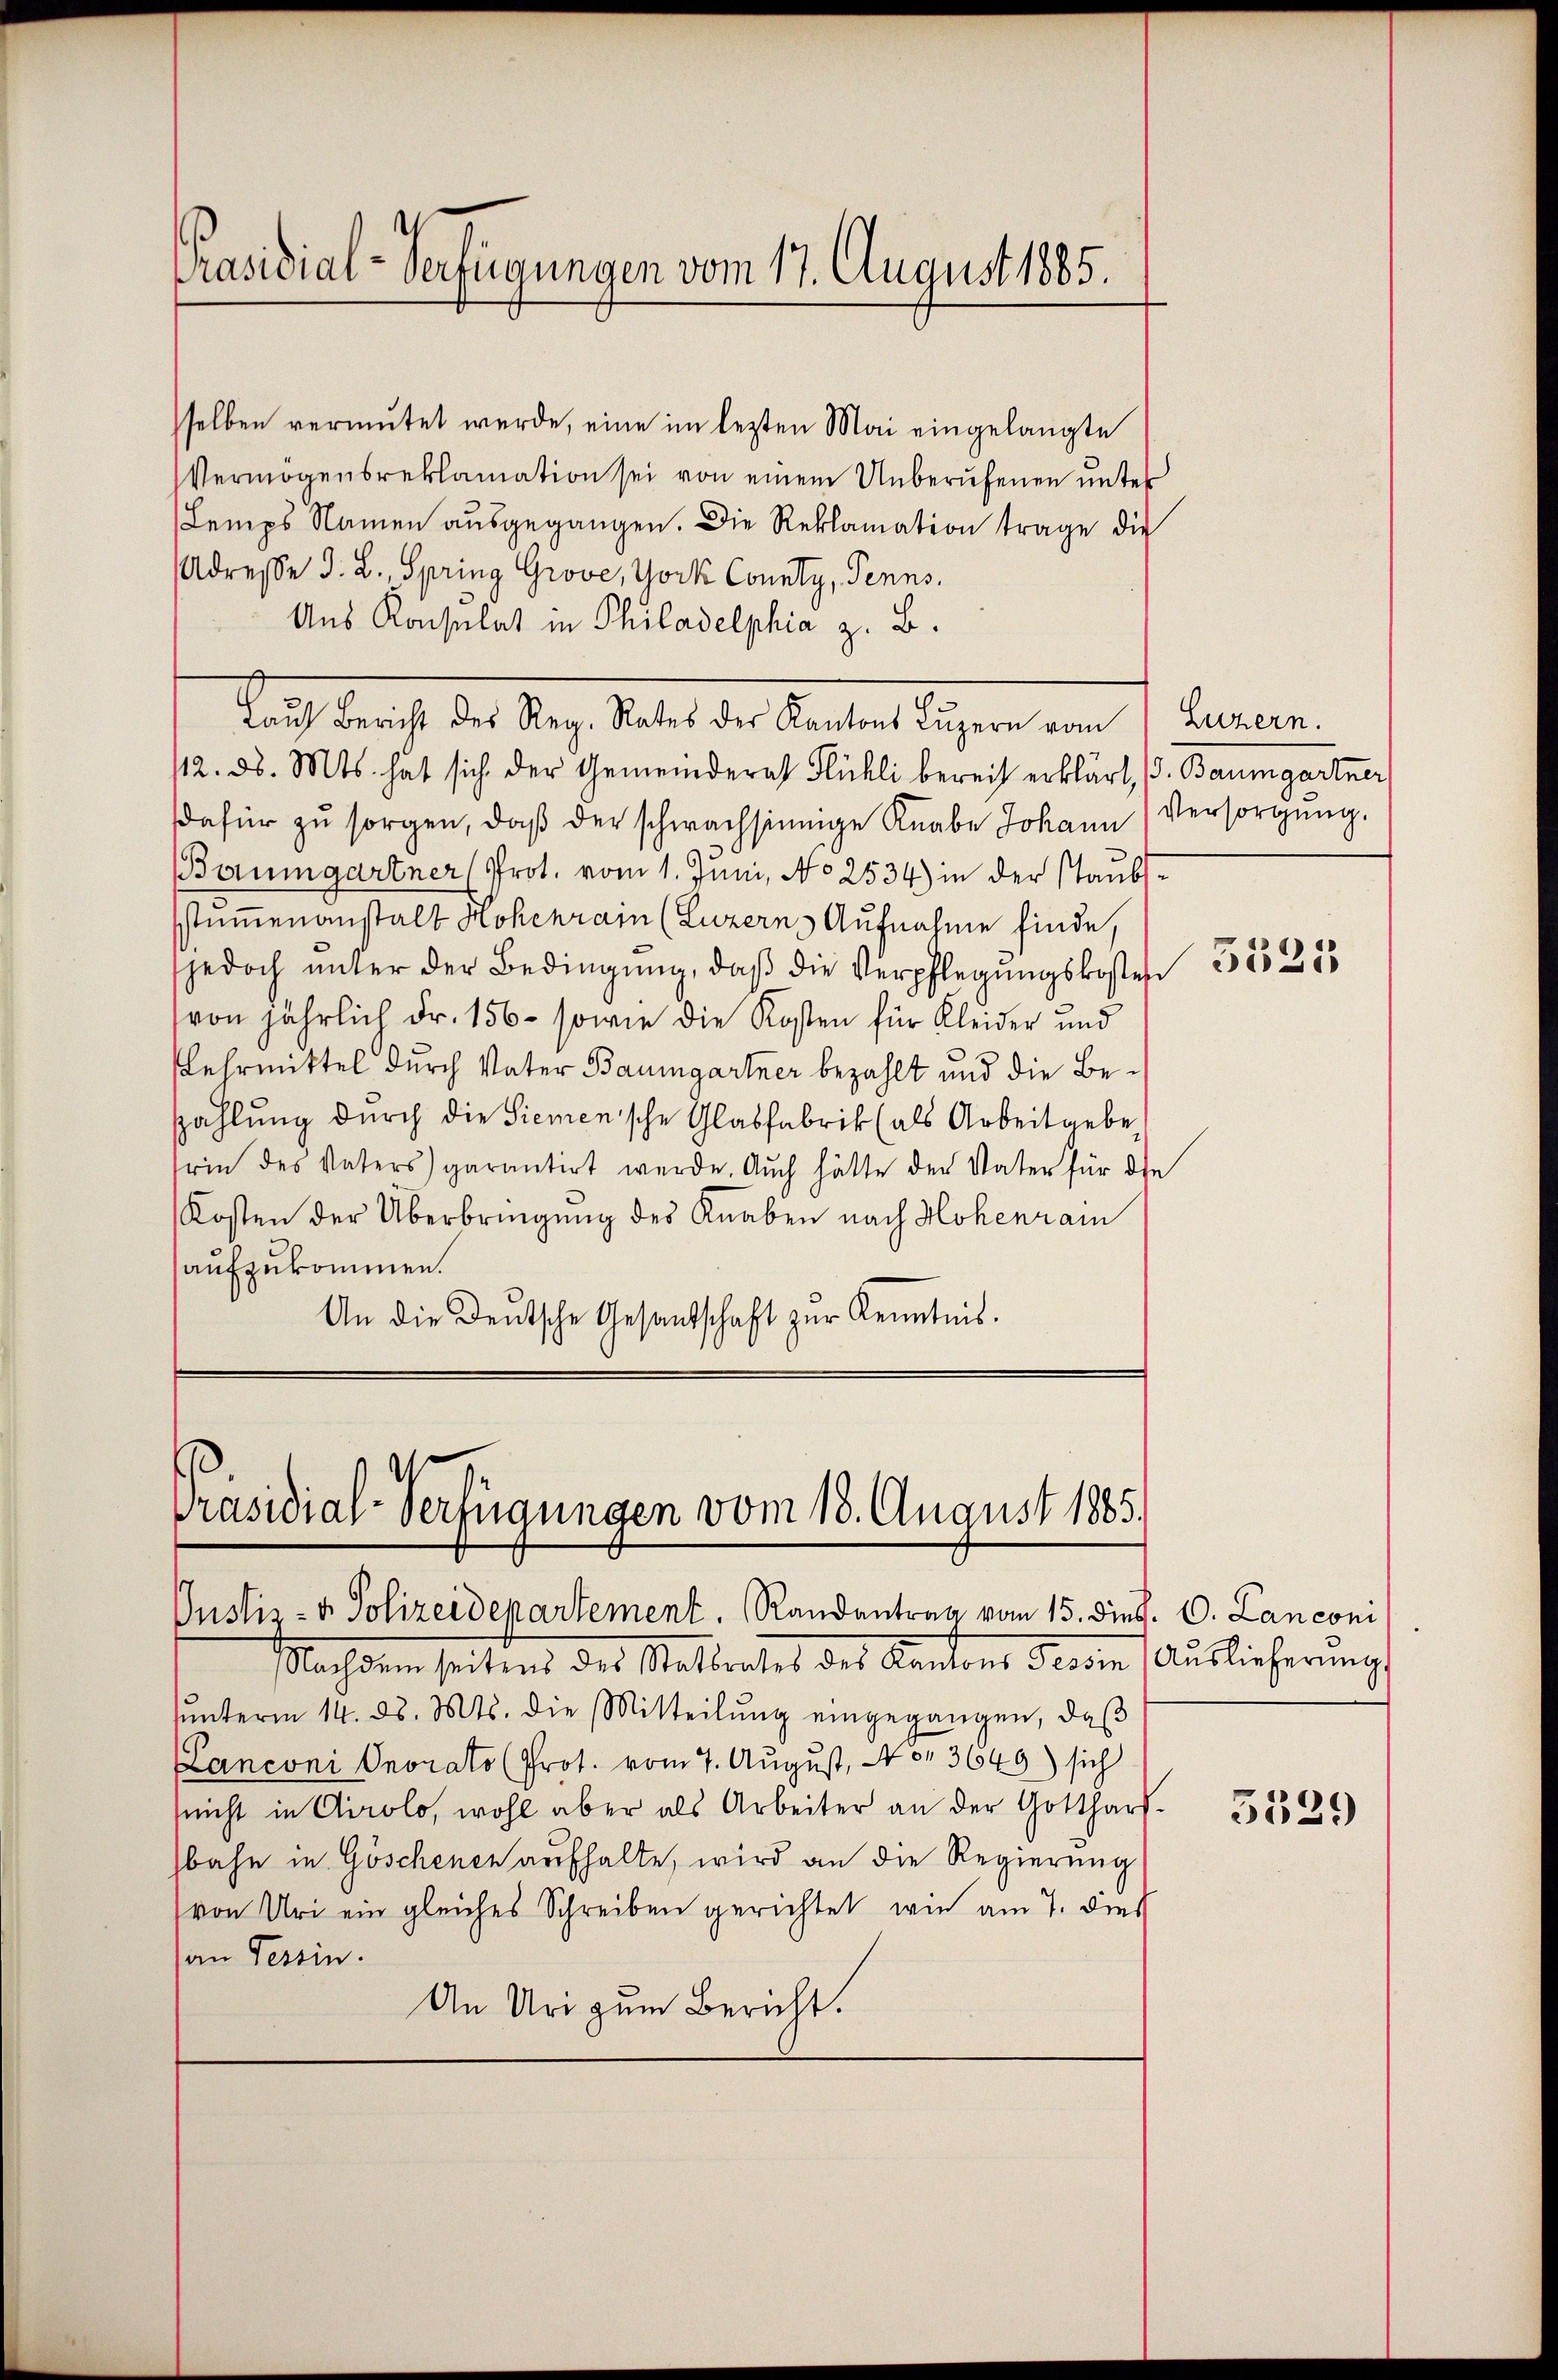
Präsidial-Verfügungen vom 17. August 1885.

sselben vermutet werde, eine im lezten Mai eingelangte
Vermögensreklamation sei von einem Unberufenen unter
Lemps Namen ausgegangen. Die Reklamation trage die
Adresse d. L. Spring Grove, York County, Penns.
Ans Konsulat in Philadelphia z. B.
12. d. Mts. hat sich der Gemeinderat Flühli bereit erklärt, d. Baumgartner
dafür zŭ sorgen, daβ der schwachsinnige Knabe Johann (Versorgŭng.
Baumgartner (Prot. vom 1. Juni, No 2534) in der Staubsstamenanstalt Hohenrain (Luzerns Aufnahme finde,
jedoch ŭnter der Bedingŭng, daβ die Verpflegungskosten
von jährlich Fr. 156 - sowie die Kosten für Kleider und
Lehrmittel durch Vater Baumgartner bezahlt und die Be¬
Zahlung durch die Siemenische Glabfabrik (als Arbeit geben
rie des Vaters garantirt werde. Auch hätte der Vater für die
Kosten der Überbringung des Knaben nach Hohenrain
aufzukommen.
An die Deutsche Gesandschaft zur Kenntnis.

Rath berich der Tag, Seitet der Kantone liegen vom 1. Jennen.

Präsidial-Verfügungen vom 18. August 1885.
Justiz- & Polizeidepartement. Randantrag vom 15. dies. C. Lanconi

Nachdem seitens des Statbrates des Kantons Tessin (Auslieferungs
ŭŭnterm 14. ds. Mts. die Mitteilŭng eingegangen, daβ
Lanconi Onorato (Prot. vom 7. August, No. 3649) sich
sricht in Airolo, wohl aber als Arbeiter an der Gotthar
bahn in Göschenen aufhalte, wird an die Regierung
von Uri ein gleiches Schreiben gerichtet, wie am 7. dies
an Tessin.
An Uri zum Bericht.

3525

5529